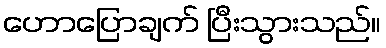
ဟောပြောချက် ပြီးသွားသည်။